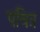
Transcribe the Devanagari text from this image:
पवित्र